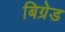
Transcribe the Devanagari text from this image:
बिग्रेड